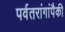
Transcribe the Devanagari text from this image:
पर्वतरांगांपैकी